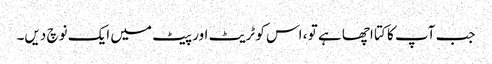
جب آپ کا کتا اچھا ہے تو ، اس کو ٹریٹ اور پیٹ میں ایک نوچ دیں۔